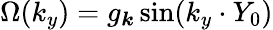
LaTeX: {\Omega}({k_{y}})=g_{\boldsymbol k}\sin(k_{y}\cdot Y_{0})